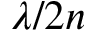
\lambda / 2 n